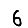
Digit: 6